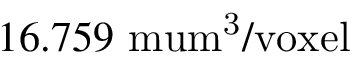
1 6 . 7 5 9 \mathrm { \ m u m ^ { 3 } / v o x e l }